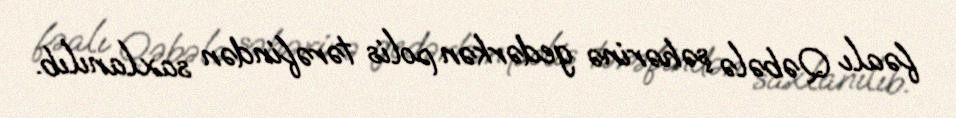
fəalı Qəbələ şəhərinə gedərkən polis tərəfindən saxlanılıb.